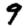
Digit: 9